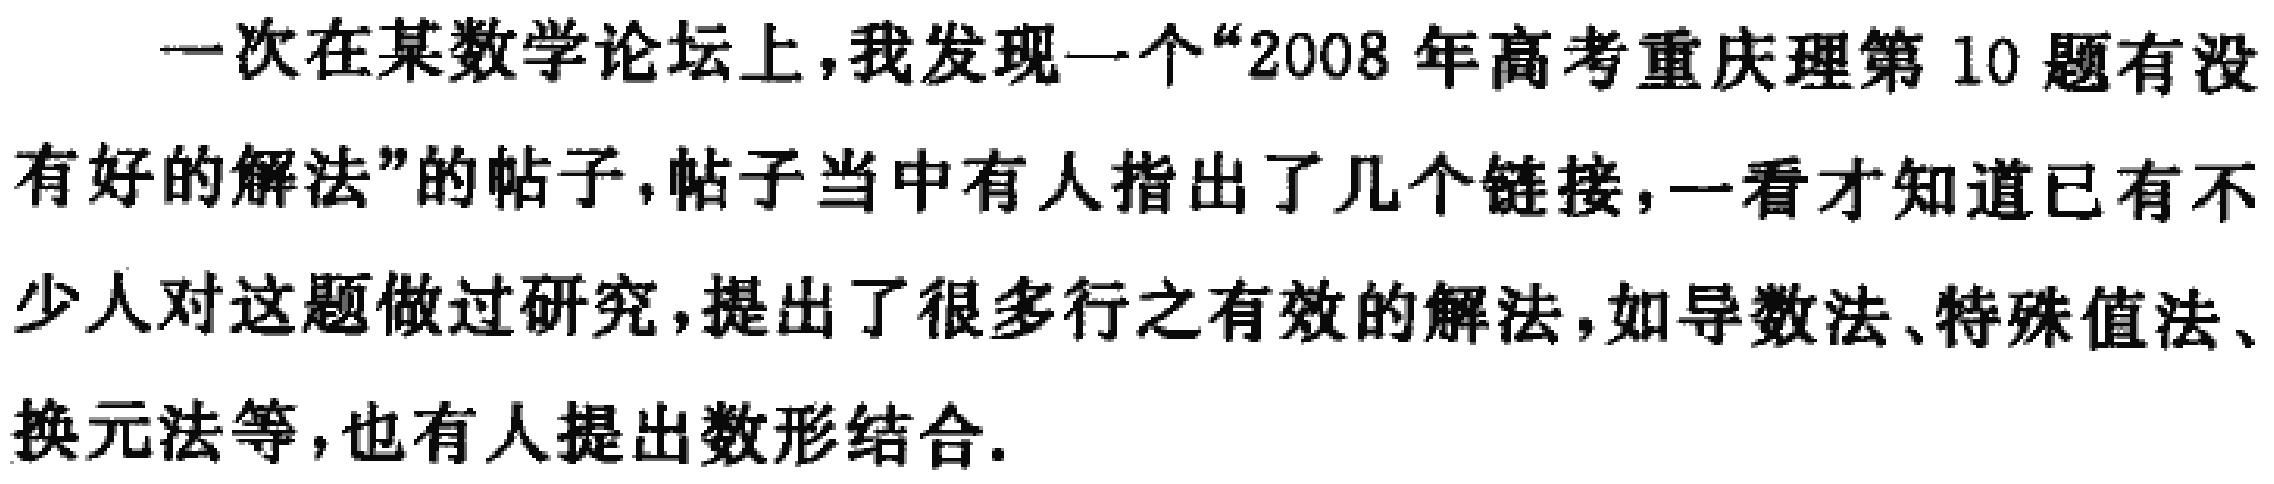
一次在某数学论坛上，我发现一个“2008 年高考重庆理第 10 题有没有好的解法”的帖子，帖子当中有人指出了几个链接，一看才知道已有不少人对这题做过研究，提出了很多行之有效的解法，如导数法、特殊值法、换元法等，也有人提出数形结合.